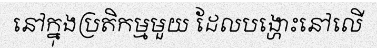
នៅក្នុងប្រតិកម្មមួយ ដែលបង្ហោះនៅលើ